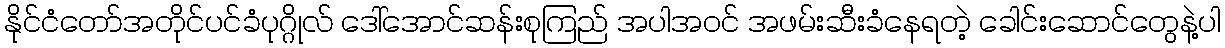
နိုင်ငံတော်အတိုင်ပင်ခံပုဂ္ဂိုလ် ဒေါ်အောင်ဆန်းစုကြည် အပါအဝင် အဖမ်းဆီးခံနေရတဲ့ ခေါင်းဆောင်တွေနဲ့ပါ